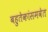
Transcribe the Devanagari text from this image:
बहुतेकांसमवेत